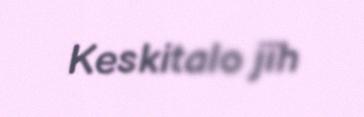
Keskitalo jïh